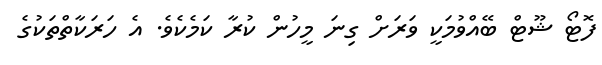
ފޮޓޯ ޝޫޓް ބޭއްވުމަކީ ވަރަށް ގިނަ މީހުން ކުރާ ކަމެކެވެ. އެ ހަރަކާތްތަކުގެ